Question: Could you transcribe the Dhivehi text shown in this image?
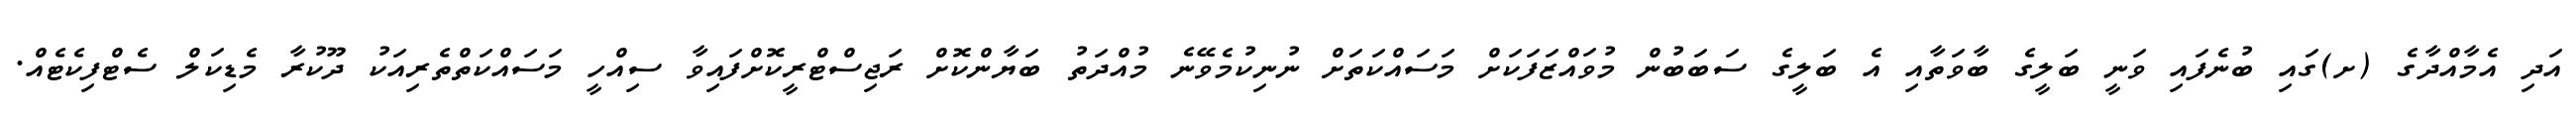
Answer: އަދި އެމާއްދާގެ (ށ)ގައި ބުނެފައި ވަނީ ބަލީގެ ބާވަތާއި އެ ބަލީގެ ސަބަބުން މުވައްޒަފަކަށް މަސައްކަތަށް ނުނިކުމެވޭނެ މުއްދަތު ބަޔާންކޮށް ރަޖިސްޓްރީކޮށްފައިވާ ސިއްހީ މަސައްކަތްތެރިއަކު ދޫކުރާ މެޑިކަލް ސެޓްފިކެޓެއް.